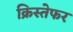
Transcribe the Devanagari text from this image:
क्रिस्तेफर